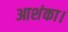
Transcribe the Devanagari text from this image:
आशंका।